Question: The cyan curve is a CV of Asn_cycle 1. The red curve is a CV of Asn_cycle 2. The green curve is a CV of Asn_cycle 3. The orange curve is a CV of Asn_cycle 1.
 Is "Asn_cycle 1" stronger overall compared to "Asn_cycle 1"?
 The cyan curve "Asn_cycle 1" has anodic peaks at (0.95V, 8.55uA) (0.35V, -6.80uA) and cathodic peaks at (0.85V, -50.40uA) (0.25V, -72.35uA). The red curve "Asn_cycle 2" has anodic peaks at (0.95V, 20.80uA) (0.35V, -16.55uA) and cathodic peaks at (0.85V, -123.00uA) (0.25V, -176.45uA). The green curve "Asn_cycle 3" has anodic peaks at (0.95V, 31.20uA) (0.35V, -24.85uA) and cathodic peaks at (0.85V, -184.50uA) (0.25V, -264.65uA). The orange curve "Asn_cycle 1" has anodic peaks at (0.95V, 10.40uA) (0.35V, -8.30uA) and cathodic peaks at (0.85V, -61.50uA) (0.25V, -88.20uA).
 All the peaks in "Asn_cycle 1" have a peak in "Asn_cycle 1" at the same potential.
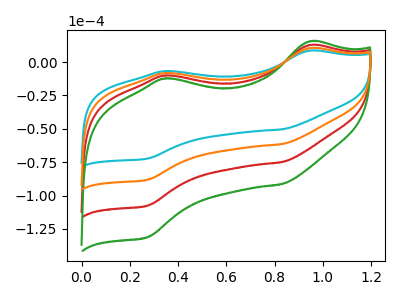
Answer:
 <answer>I cant tell if "Asn_cycle 1" or "Asn_cycle 1" has more signal.</answer>
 <eval>mixed_signal</eval>